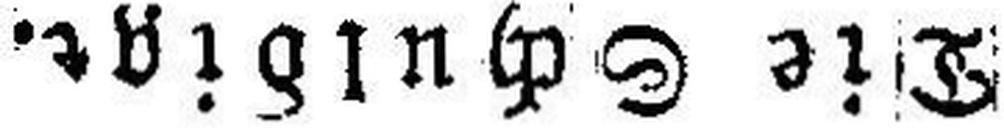
Die Schuldige.